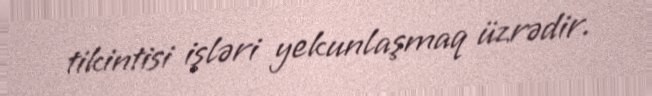
tikintisi işləri yekunlaşmaq üzrədir.